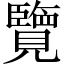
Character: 覽